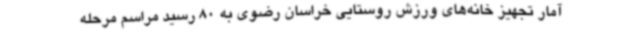
آمار تجهیز خانه‌های ورزش روستایی خراسان رضوی به 80 رسید مراسم مرحله